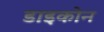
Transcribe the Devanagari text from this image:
डाइकोन